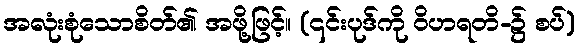
အလုံးစုံသောစိတ်၏ အဖို့ဖြင့်။ (၎င်းပုဒ်ကို ဝိဟရတိ-၌ စပ်)